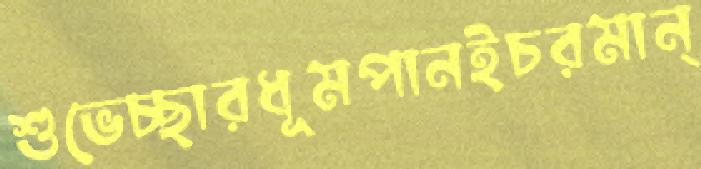
শুভেচ্ছারধূমপানইচরমান্